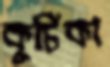
কূর্চিকা